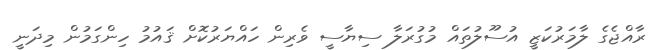
ރާއްޖެގެ ލާމަރުކަޒީ އުސޫލުތައް މުގުރަލާ ސިޔާސީ ވެރިން ހައްޔަރުކޮށް ޤައުމު ހިންގަމުން މިދަނީ